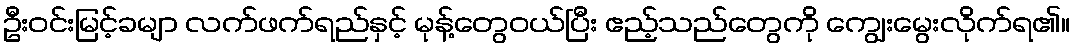
ဦးဝင်းမြင့်ခမျာ လက်ဖက်ရည်နှင့် မုန့်တွေဝယ်ပြီး ဧည့်သည်တွေကို ကျွေးမွေးလိုက်ရ၏။